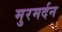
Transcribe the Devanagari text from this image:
मुरमर्दन